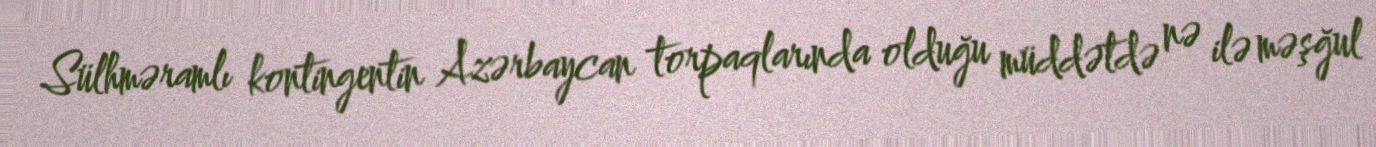
Sülhməramlı kontingentin Azərbaycan torpaqlarında olduğu müddətdə nə ilə məşğul